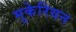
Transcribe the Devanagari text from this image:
मुकेरियन